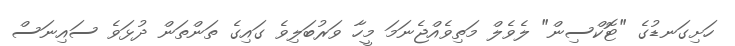
ހަށިގަނޑުގެ "ޓޮކްސިން" ލެވެލް މަތިވެއްޖެނަމަ މީހާ ވަރުބަލިވެ ގައިގެ ތަންތަން ދުޅަވެ ސައިނަސް